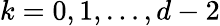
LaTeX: k=0,1,\dots,d-2